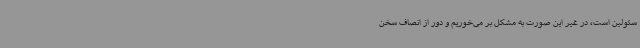
سئولین است، در غیر این صورت به مشکل بر می‌خوریم و دور از انصاف سخن